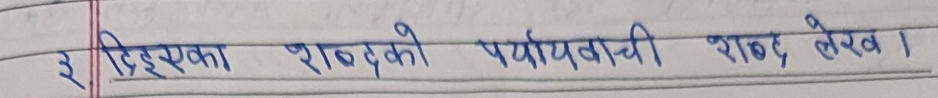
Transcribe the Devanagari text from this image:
३ दिइएका शब्दको पर्यायवाची शब्द लेख ।